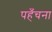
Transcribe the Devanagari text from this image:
पहँचना